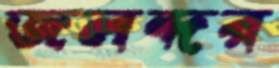
জলন্দর